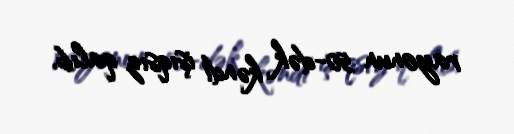
rayonun 50-dək kəndi işıqsız qalıb.